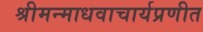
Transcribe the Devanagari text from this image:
श्रीमन्माधवाचार्यप्रणीत